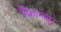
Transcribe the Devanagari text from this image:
मैक्रान्था